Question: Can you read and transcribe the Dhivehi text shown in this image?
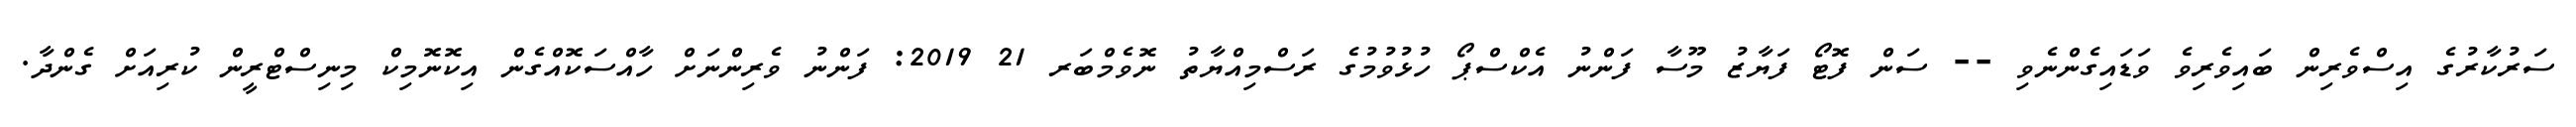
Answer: ސަރުކާރުގެ އިސްވެރިން ބައިވެރިވެ ވަޑައިގެންނެވި -- ސަން ފޮޓޯ ފަޔާޒު މޫސާ ފަންނު އެކްސްޕޯ ހުޅުވުމުގެ ރަސްމިއްޔާތު ނޮވެމްބަރ 21 2019: ފަންނު ވެރިންނަށް ހާއްސަކޮއްގެން އިކޮނޮމިކް މިނިސްޓްރީން ކުރިއަށް ގެންދާ.